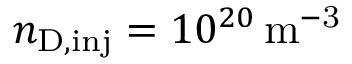
n _ { \mathrm { D , i n j } } = 1 0 ^ { 2 0 } \, \mathrm { m ^ { - 3 } }